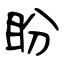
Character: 盼